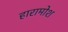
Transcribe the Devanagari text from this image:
हारामोश